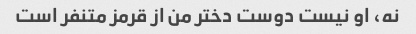
نه، او نیست دوست دختر من از قرمز متنفر است